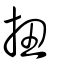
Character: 扭